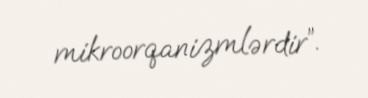
mikroorqanizmlərdir”.